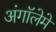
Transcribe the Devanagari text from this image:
अंगॉलेमे